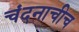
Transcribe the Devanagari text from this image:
चंदनाचीच